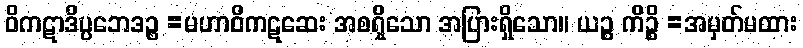
ဝိကဋာဒိပ္ပဘေဒဉ္စ =မဟာဝိကဋဆေး အစရှိသော အပြားရှိသော။ ယဉ္စ ကိဉ္စိ =အမှတ်မထား